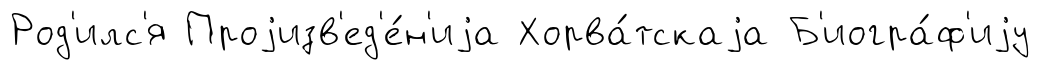
Род'илс'я Проjизв'ед'е́н'иjа Хорва́тскаjа Б'иогра́ф'иjу